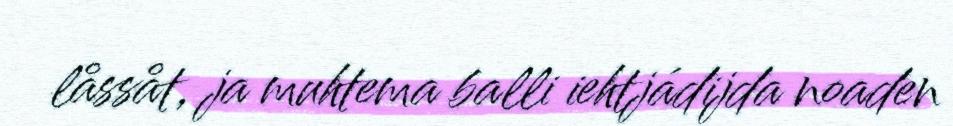
låssåt, ja muhtema balli iehtjádijda noaden